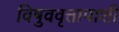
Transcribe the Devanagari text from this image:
विषुववृत्तापाशी